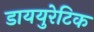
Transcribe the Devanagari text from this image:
डाययुरेटिक